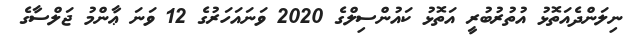
ނިލަންދެއަތޮޅު އުތުރުބުރީ އަތޮޅު ކައުންސިލްގެ 2020 ވަނައަހަރުގެ 12 ވަނަ ޢާންމު ޖަލްސާގެ